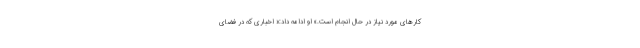
کارهای مورد نیاز در حال انجام است.» او ادامه داد:« اخباری که در فضای